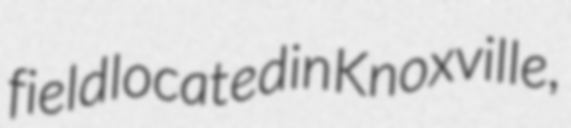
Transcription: field located in Knoxville,